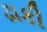
ઢાકી